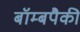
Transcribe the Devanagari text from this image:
बॉम्बपैकी